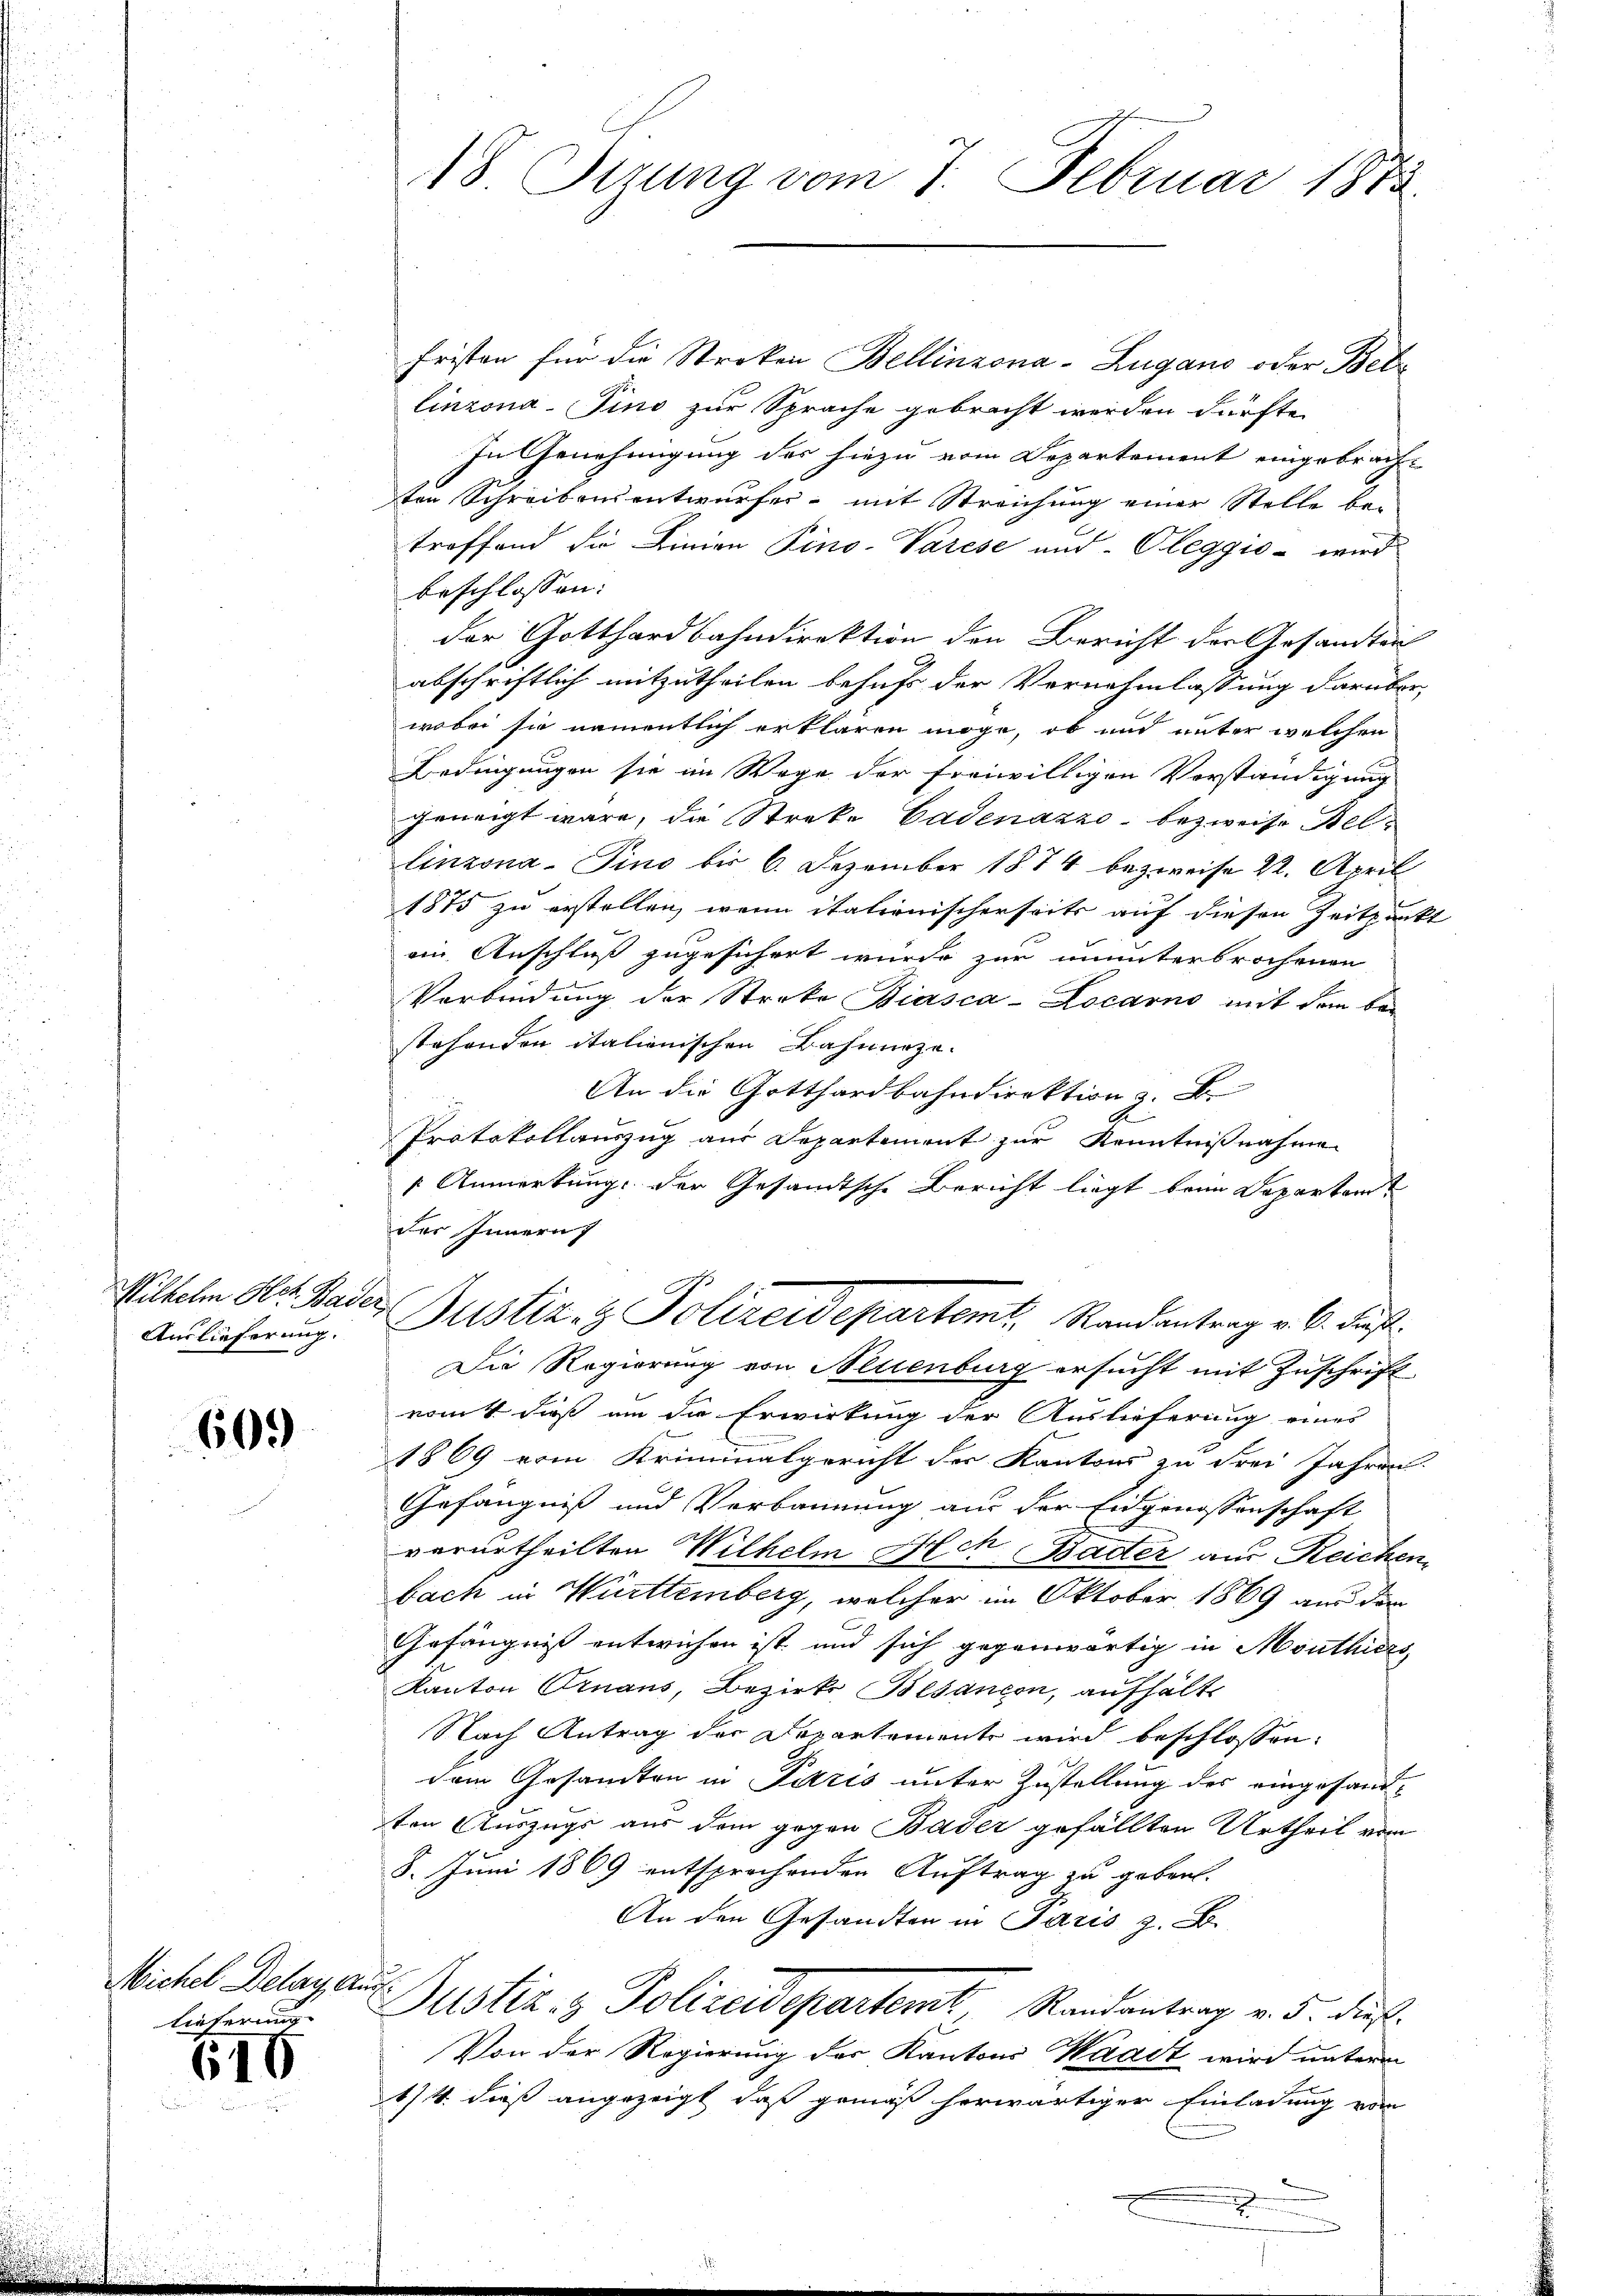
Wilhelm Hot. Bader,
Auslieferung.

609

Wichel Belag, aus
lieferung

610

Fristen für die Stroken Bellinzona-Zugano oder Bet
linzona-Fino zur Sprache gebracht werden dürfte.
In Genehmigung des hiezu vom Departement eingebrachten Schreibensentwurfes - mit Streichung einer Stelle be-
troffend die Linien Pino-Varese und Oleggio- wird
beschlossen:
der Gotthardbahndirektion den Bericht der Gesandten
abschriftlich mitzutheilen behufs der Vernehmlassung darüber,
wobei sie namentlich erklären möge, ob und unter welchen
Bedingungen sie im Wege der freiwilligen Vorständigung
geneigt wäre, die Streke Cadenazzo- bezweife Bellinzona-Pino bis 6. Dezember 1874 bezweife 22. April
1875 zu erstellen, wenn itationischerseits auf diesen Zeitpunkt
ain Anschluß zugesichert wurde zur ununterbrochenen
Verbindung der Streke Biasca-Locarno mit dem be-
stehenden italienischen Bahnerze
An die Gotthardbahndirektion s. B
.
Protokollauszug aus Departement zur Kenntnißnahmen
1 Anmerkung der Gesandtsche Bericht liegt beim Departen
der Innern
Justiz- & Polizeidepartemt. Standentrag v. 6. Fuß
Die Regierung von Neuenburg ersucht mit Zuschrift
romt dieß um die Erwirkung der Auslieferung eines
1869 vom Kriminalgericht der Kantons zu Frei Jahren
Gefängniß und Verbrunnung aus der Eidgenossenschaft
verurtheilten Wilhelm Ach Bader aus Reichen
bach in Württemberg, welcher im Oktober 1869 aus den
Gefängnis entwichen ist und sich gegenwärtig in Monthiers,
Kanton Ornaus, Bezirks Besançon, aufhält
Nach Antrag der Departemente wird beschlossen:
dem Gesamten in Fitzis unter Zustellung des eingesandten Auszugs aus dem gegen Bader gefällten Urtheil von
8. Juni 1869 entsprochenden Auftrag zu geben.
An den Gesandten in Paris z. B.
Justiz- & Polizeidepartem Randentrag v. 5. dieß.
Von der Regierung der Kantons Waadt wird unterm
1/4. dieß angezeigt, daß gemäß herwärtiger Einladung vom
2

18 Pirung vom 7. Februar 1873.